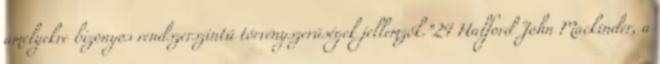
amelyekre bizonyos rendszerszintű törvényszerűségek jellemzők.”24 Halford John Mackinder, a